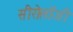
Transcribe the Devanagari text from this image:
सीरोलॉजी